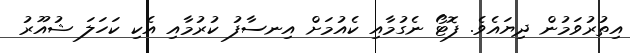
އިތުރުވަމުން ދިޔައެވެ. ފޮޓޯ ނެގުމާއި ކެއުމަށް އިނސާފު ކުރުމާއި އެކި ކަހަލަ ޝުއޫރު